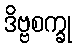
ဒိဗ္ဗစက္ခု